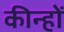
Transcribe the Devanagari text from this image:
कीन्हों